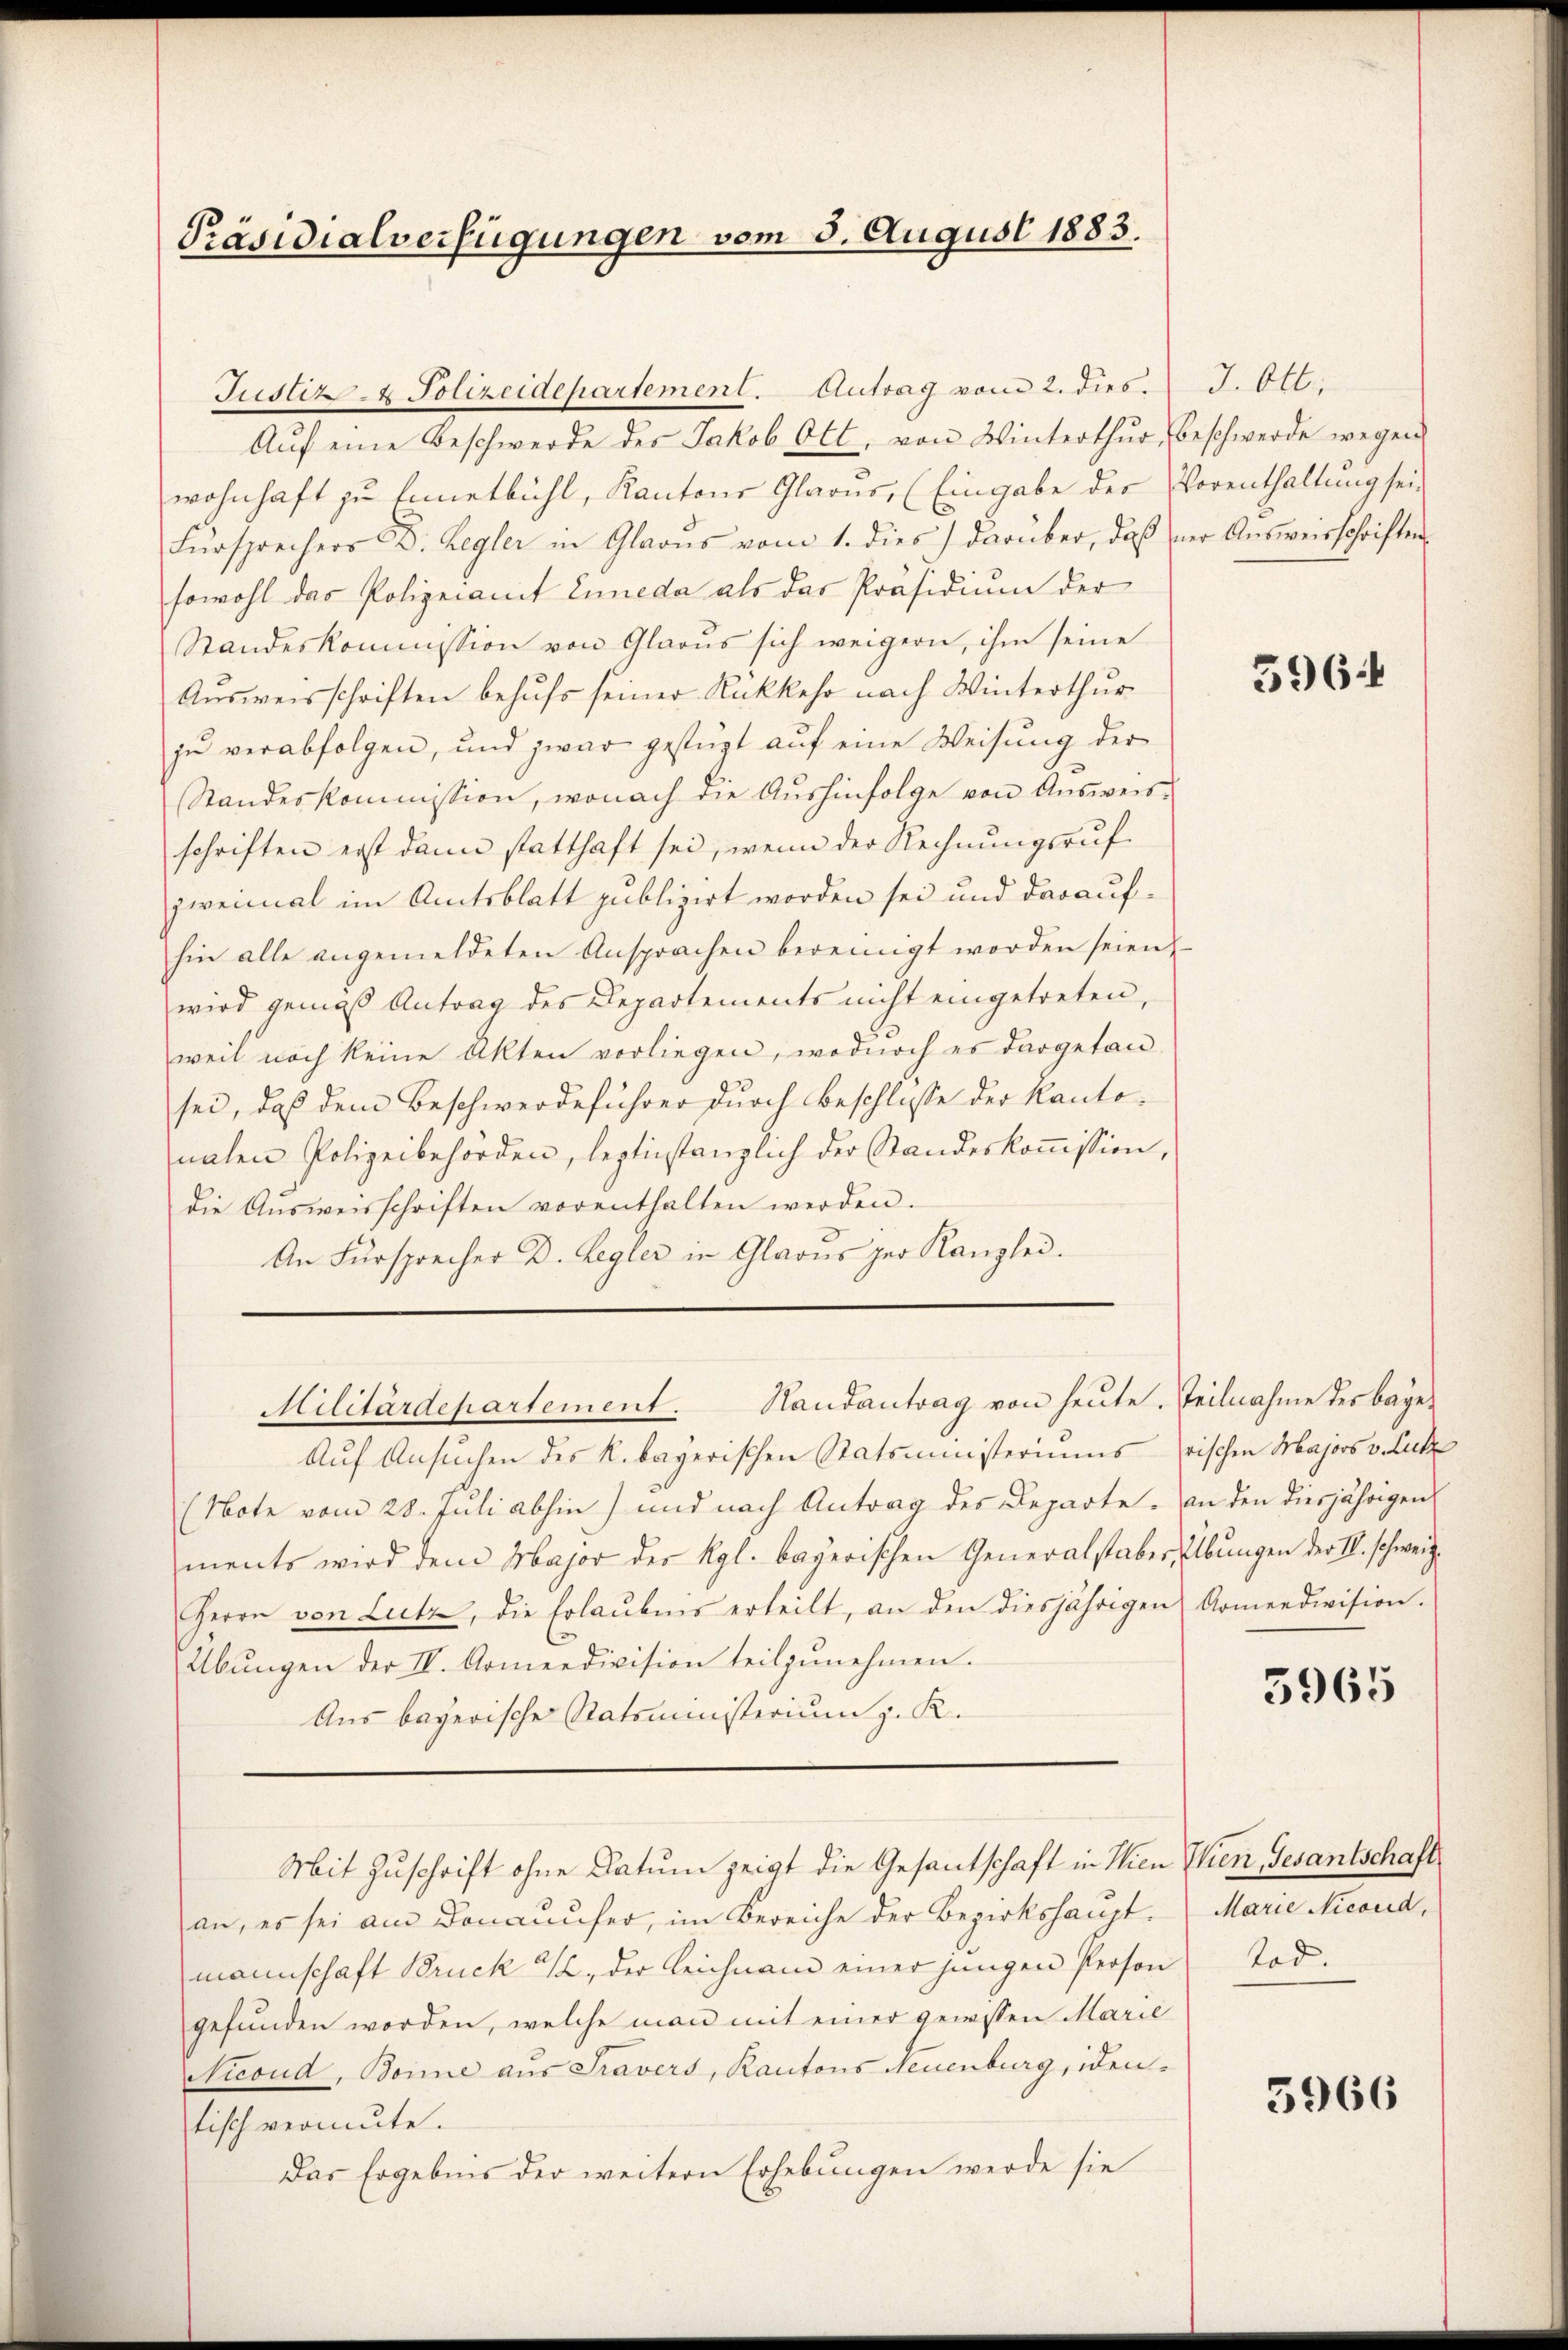
Präsidialverfügungen vom 5. August 1883.

Aŭf eine Beschwerde des Jakob Ott, von Winterthur, beschwerde wegen
wohnhaft zu Ennetbühl, Kantons Glarus, (Eingabe des Vorenthaltung sei,
Fürsprechers D. Regler in Glarus vom 1. dies darüber, daß der Aŭsweisschriften
sowohl das Polizeiamt Enneda als das Präsidium der
Standeskommission von Glarus sich weigern, ihm seine
Ausweisschriften behufs seiner Rückkehr nach Winterthur
zŭ verabfolgen, und zwar gestügt auf eine Weisung der
Standeskommission, wonach die Aushinfolge von Ausweisschriften erst dann statthaft sei, wenn der Rechnŭngsruf-
zweimal im Amtsblatt publizirt worden sei und daraufhin alle angemeldeten Ansprachen bereinigt worden seien,
wird gemäß Antrag des Departements nicht eingetreten,
weil noch keine Akten vorliegen, wodurch es dargetan-
sei, daß dem Beschwerdeführer durch Beschlusse der Kantonahen Polizeibehörden, leztinstanzlich der Standeskoṁission,
die Aŭsweisschriften vorenthalten werden.
An Fürsprecher D. Regler in Glarus zur Kanzlei.
Militärdepartement. Handantrag von heute. Teilnahme des bage¬
Auf Ansuchen des k. bayerischen Statsministeriums rischen Majors v. Zuck
(Note vom 28. Juli abhin) und nach Antrag des Departe. an den diesjährigen
ments wird dem Major der Kgl. bayerischen Generalstaber, Übungen der IV. schweiz.
Herrn von Lutz, die Erlaŭbens erteilt, an den diesjährigen Armendivision.
Übŭngen der II. Armeedivision teilzŭnehmen.
Aus bayerische Ratsministerium z. K.
Mit Zuschrift ohne Datum zeigt die Gesantschaft in Wien Thien Gesantschaft
an, es sei am Donauufer, im Bereiche der Bezirkshauptmannschaft Bruck 22, der Leichnam einer jungen Person
gefunden worden, welche man mit einer gewissen Marie
Nicoud, Bonne aus Travers, Kantons Neuenburg, identisch vermute.
Das Ergebnis der weitern Erhebungen werde sie

Justiz- & Polizeidepartement. Antrag vom 2. dies

J. Ott.

596

5965

Marie Nicond,
Tod.

5966